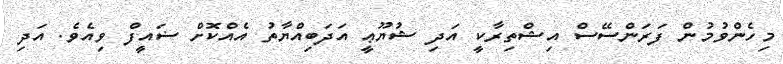
މިހެންވުމުން ފަރަންސޭސް އިޝްތިރާކީ އަދި ޝުޔޫޢީ އަދަބިއްޔާތު އެއްކޮށް ޟައީފް ވިއެވެ. އަދި